Annual report of the Prince of Wales Medical College, Patna
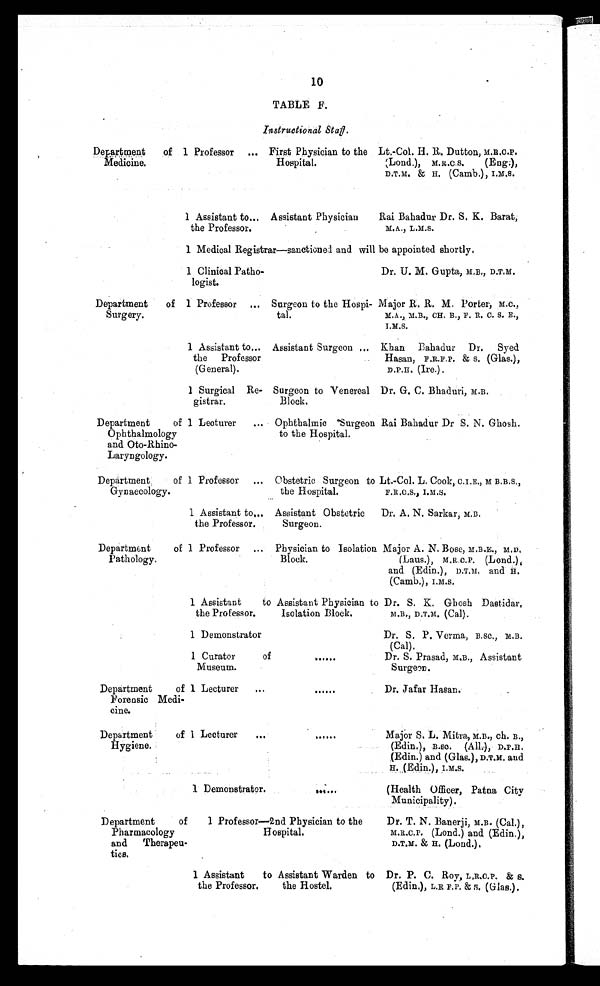
10
TABLE F.
Instructional Staff.
Department of
Medicine.
1 Professor ... First Physician to the
Hospital.
Lt.-Col. H. R. Dutton, M.R.C.P.
(Lond.), M.R.C.S. (Eng:),
D.T.M. & H. (Camb.), I.M.S.
1 Assistant to...
the Professor.
Assistant Physician
Rai Bahadur Dr. S. K. Barat,
M.A., L.M.S.
1 Medical Registrar—sanctioned and will be appointed shortly,
1 Clinical Patho-
logist.
Dr. U. M. Gupta, M.B., D.T.M.
Department of
Surgery.
1 Professor ... Surgeon to the Hospi-
tal.
Major R. R. M. Porter, M.C.,
M.A., M.B., CH. B., F. R. C. S. E.,
I.M.S.
1 Assistant to...
the Professor
(General).
Assistant Surgeon ... Khan Bahadur Dr. Syed
Hasan, F.R.F.P. & S. (Glas.),
D.P.H. (Ire.).
1 Surgical Re-
gistrar.
Surgeon to Venereal
Block.
Dr. G. C. Bhaduri, M.B.
Department of
Ophthalmology
and Oto-Rhino-
Laryngology.
1 Lecturer ... Ophthalmic Surgeon
to the Hospital.
Rai Bahadur Dr S. N. Ghosh.
Department of
Gynaecology.
1 Professor ... Obstetric Surgeon to
the Hospital.
Lt.-Col. L. Cook, C.I.E., M B,B.S.,
F.R.C.S., I.M.S.
1 Assistant to...
the Professor.
Assistant Obstetric
Surgeon.
Dr. A. N. Sarkar, M.B.
Department of
Pathology.
1 Professor ... Physician to Isolation
Block.
Major A. N. Bose, M.B.E., M.D.
(Laus.), M.R.C.P. (Lond.),
and (Edin.), D.T.M. and H.
(Camb.), I.M.S.
1 Assistant to
the Professor.
Assistant Physician to
Isolation Block.
Dr. S. K. Ghosh Dastidar,
M.B., D.T.M. (Cal).
1 Demonstrator
Dr. S. P. Verma, B.SC., M.B.
(Cal).
1 Curator of
Museum.
. . . . . .
Dr. S. Prasad, M.B., Assistant
Surgeon.
Department of
Forensic Medi-
cine.
1 Lecturer ...
......
Dr. Jafar Hasan.
Department of
Hygiene.
1 Lecturer ...
......
Major S. L. Mitra, M.B., Ch. B.,
(Edin.), B.SC. (All.), D.P.H.
(Edin.) and (Glas.), D.T.M. and
H. (Edin.), I.M.S.
1 Demonstrator.
. . . . . .
(Health Officer, Patna City
Municipality).
Department of
Pharmacology
and Therapeu-
tics.
1 Professor—2nd Physician to the
Hospital.
.
Dr. T. N. Banerji, M.B. (Cal.),
M.R.C.P. (Lond.) and (Edin.),
D.T.M. & H. (Lond.).
1 Assistant
to
the Professor.
Assistant Warden to
the Hostel.
Dr. P. C. Roy, L.R.C.P. & S.
(Edin.), L.R.F.P. & S. (Glas).